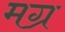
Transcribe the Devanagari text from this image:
मग्र